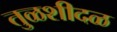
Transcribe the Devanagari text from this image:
तुळशीदळ